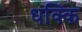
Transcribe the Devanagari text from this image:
धक्कि